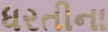
ધરતીના